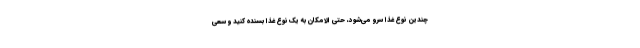
چندین نوع غذا سرو می‌شود، حتی الامکان به یک نوع غذا بسنده کنید و سعی